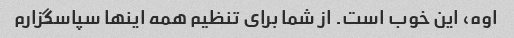
اوه، این خوب است. از شما برای تنظیم همه اینها سپاسگزارم